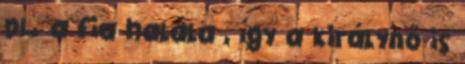
pl. a fia halála , így a királynő is